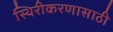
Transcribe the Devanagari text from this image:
स्थिरीकरणासाठी